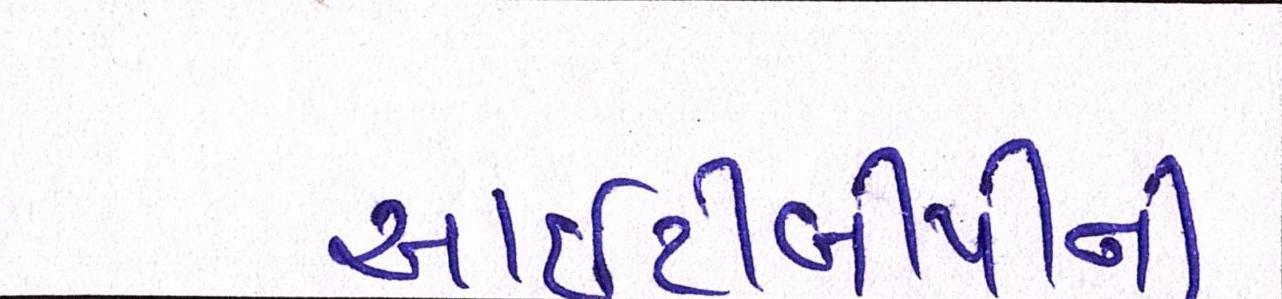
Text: આઇટીબીપીની